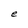
Character: e